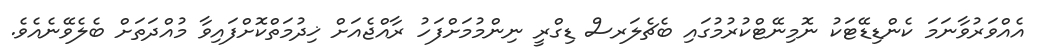
އެއްވަރުވާނަމަ ކެންޑިޑޭޓަކު ނޮމިނޭޓްކުރުމުގައި ބެޗެލަރސް ޑިގްރީ ނިންމުމަށްފަހު ރާއްޖެއަށް ޚިދުމަތްކޮށްފައިވާ މުއްދަތަށް ބެލެވޭނެއެވެ.